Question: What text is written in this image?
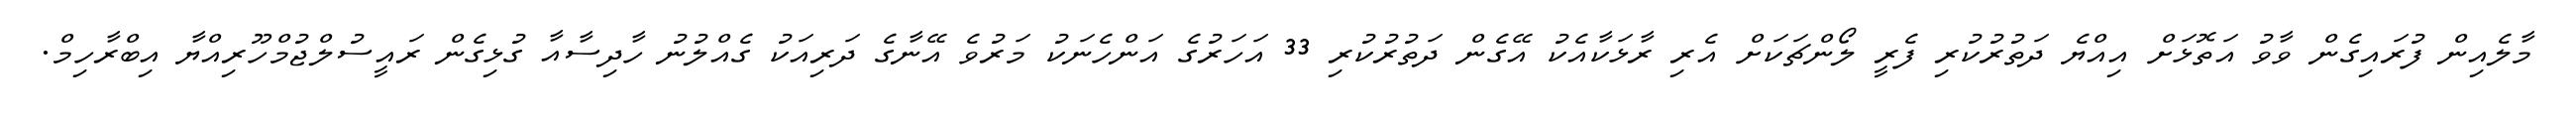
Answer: މާލެއިން ފުރައިގެން ވާވު އަތޮޅަށް އިއްޔެ ދަތުރުކުރި ފެރީ ލޯންޗަކަށް އެރި ރާޅަކާއެކު އޭގެން ދަތުރުކުރި 33 އަހަރުގެ އަންހެނަކު މަރުވެ އޭނާގެ ދަރިއަކު ގެއްލުނު ހާދިސާއާ ގުޅިގެން ރައީސުލްޖުމްހޫރިއްޔާ އިބްރާހިމް.